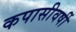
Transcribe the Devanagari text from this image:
कपासीवर्षी